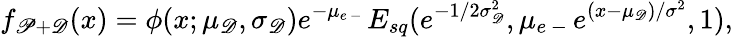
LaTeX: f_{\mathscr P+\mathscr D}(x)=\phi(x;\mu_{\mathscr D},\sigma_{\mathscr D})e^{-\mu_{e\mathrm{~-~}}}E_{sq}(e^{-1/2\sigma_{\mathscr D}^{2}},\mu_{e\mathrm{~-~}}e^{(x-\mu_{\mathscr D})/\sigma^{2}},1),